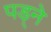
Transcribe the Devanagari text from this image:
पड़्ने